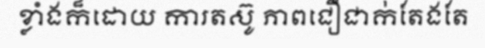
ខ្លាំងក៏ដោយ ការតស៊ូ ភាពជឿជាក់តែងតែ